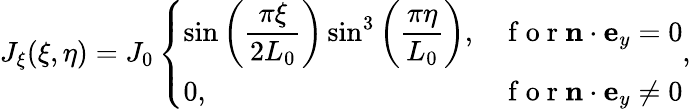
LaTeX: \begin{array}{r}{J_{\xi}(\xi,\eta)=J_{0}\left\{ \begin{array}{ll}{\sin\bigg(\displaystyle\frac{\pi\xi}{2L_{0}}\bigg)\sin^{3}\bigg(\displaystyle\frac{\pi\eta}{L_{0}}\bigg),}&{\mathrm{~f~o~r~}\mathbf{n}\cdot\mathbf{e}_{y}=0}\\ {0,}&{\mathrm{~f~o~r~}\mathbf{n}\cdot\mathbf{e}_{y}\ne 0}\end{array}\right.,}\end{array}